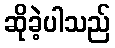
ဆိုခဲ့ပါသည်